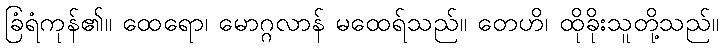
ခြံရံကုန်၏။ ထေရော၊ မောဂ္ဂလာန် မထေရ်သည်။ တေဟိ၊ ထိုခိုးသူတို့သည်။